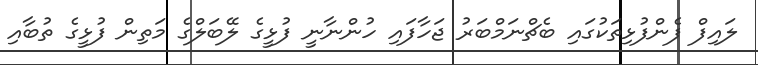
ލައިފް ފެންފުޅިތަކުގައި ބެޗްނަމްބަރު ޖަހާފައި ހުންނާނީ ފުޅީގެ ލޭބަލްގެ މަތިން ފުޅީގެ ތުބާއި